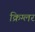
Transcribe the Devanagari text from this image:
क्रिग्लर